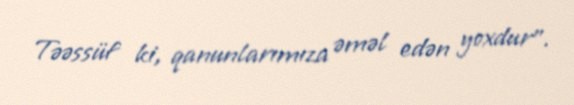
Təəssüf ki, qanunlarımıza əməl edən yoxdur”.